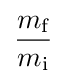
{\frac {m_{\text{f}}}{m_{\text{i}}}}